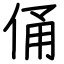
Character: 俑